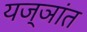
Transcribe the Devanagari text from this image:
यज्ञांत